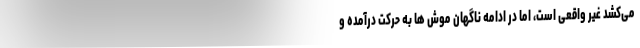
می‌کِشد غیر واقعی است، اما در ادامه ناگهان موش ها به حرکت درآمده و